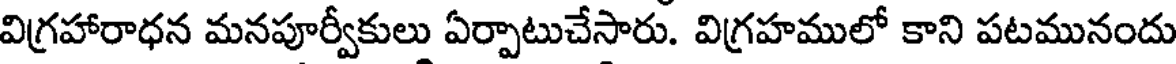
విగ్రహారాధన మనపూర్వీకులు ఏర్పాటుచేసారు. విగ్రహములో కాని పటమునందు